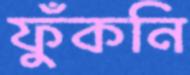
ফুঁকনি